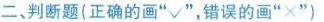
二、判断题(正确的画”√”，错误的画”×”)